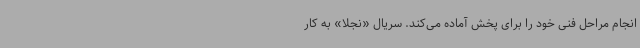
انجام مراحل فنی خود را برای پخش آماده می‌کند. سریال «نجلا» به کار